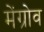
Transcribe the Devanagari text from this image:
मेंग्रोव